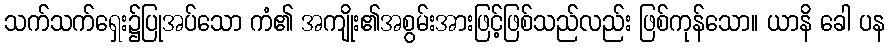
သက်သက်ရှေး၌ပြုအပ်သော ကံ၏ အကျိုး၏အစွမ်းအားဖြင့်ဖြစ်သည်လည်း ဖြစ်ကုန်သော။ ယာနိ ခေါ ပန